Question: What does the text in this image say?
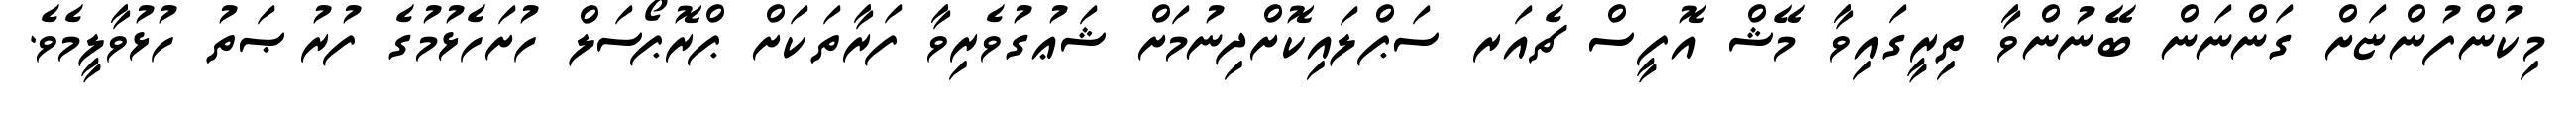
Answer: މިކުންފުންޏަށް ގަންނަން ބޭނުންވާ ތިރީގައިވާ މޭޝް އޮފީސް ޗެއަރ ސަޕްލައިކޮށްދިނުމަށް ޝަޢުގުވެރިވާ ފަރާތަކަށް ޕްރޮޕޯސަލް ހުށަހެޅުމުގެ ފުރުޞަތު ހުޅުވާލީމެވެ.